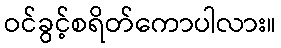
ဝင်ခွင့်စရိတ်ကောပါလား။